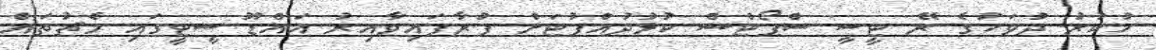
ހުކުރު ދުވަހުގެ ރޭ ޓީސީ ސްޕޯޓްސް ކުޅުދުއްފުޓަށް ފުރާފައިވާއިރު އައްޑޫ ސީޓީގައި މެޗުތައް